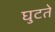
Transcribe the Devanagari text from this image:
घुटते